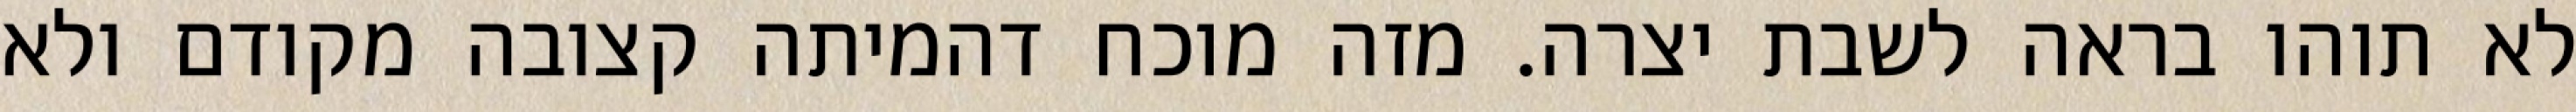
לא תוהו בראה לשבת יצרה. מזה מוכח דהמיתה קצובה מקודם ולא